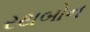
રથબોન